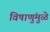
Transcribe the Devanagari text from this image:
विषाणुंमुळे